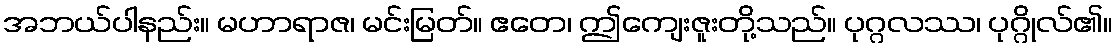
အဘယ်ပါနည်း။ မဟာရာဇ၊ မင်းမြတ်။ ဧတေ၊ ဤကျေးဇူးတို့သည်။ ပုဂ္ဂလဿ၊ ပုဂ္ဂိုလ်၏။